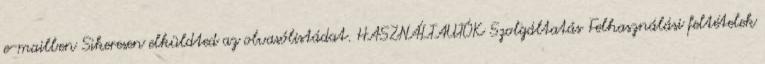
e-mailben Sikeresen elküldted az olvasólistádat. HASZNÁLTAUTÓK Szolgáltatás Felhasználási feltételek